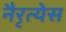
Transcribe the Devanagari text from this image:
नैरृत्येस